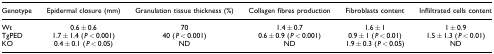
<table><thead><tr><td><b>Genotype</b></td><td><b>Epidermal closure (mm)</b></td><td><b>Granulation tissue thickness (%)</b></td><td><b>Collagen fibres production</b></td><td><b>Fibroblasts content</b></td><td><b>Infliltrated cells content</b></td></tr></thead><tbody><tr><td>Wt</td><td>0.6 ± 0.6</td><td>70</td><td>1.4 ± 0.7</td><td>1.6 ± 1</td><td>1 ± 0.9</td></tr><tr><td>TgPED</td><td>1.7 ± 1.4 (<i>P</i> &lt; 0.001)</td><td>40 (<i>P</i> &lt; 0.001)</td><td>0.6 ± 0.9 (<i>P</i> &lt; 0.001)</td><td>0.9 ± 1 (<i>P</i> &lt; 0.01)</td><td>1.5 ± 1.3 (<i>P</i> &lt; 0.01)</td></tr><tr><td>KO</td><td>0.4 ± 0.1 (<i>P</i> &lt; 0.05)</td><td>ND</td><td>ND</td><td>1.9 ± 0.3 (<i>P</i> &lt; 0.05)</td><td>ND</td></tr></tbody></table>